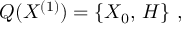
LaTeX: { \cal Q } ( X ^ { ( 1 ) } ) = \left\{ X _ { 0 } , \, H \right\} \, ,